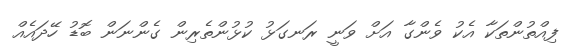
ފިއްތުންތަކާ އެކު ވެންގާ އަށް ވަނީ ރަނގަޅު ކުޅުންތެރިން ގެންނަން ބޮޑު ހޭދައެއް